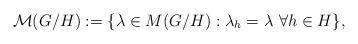
LaTeX: \begin{align*}\mathcal{M}(G/H):=\{\lambda\in M(G/H):\lambda_h=\lambda\ \forall h\in H\},\end{align*}